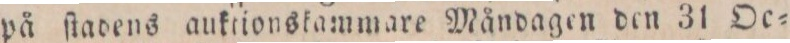
på ſtadens auktionskammare Måndagen den 31 Oe=